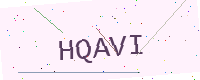
Text: HQAVI